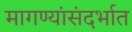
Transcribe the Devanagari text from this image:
मागण्यांसंदर्भात